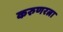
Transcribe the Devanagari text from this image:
करुणरत्ना